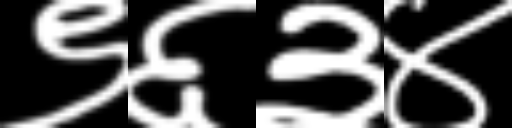
Text: ९६३४